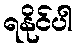
ရနိုင်ပါ